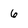
Character: 6